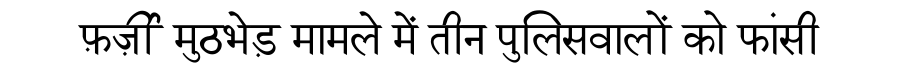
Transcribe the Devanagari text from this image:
फ़र्ज़ी मुठभेड़ मामले में तीन पुलिसवालों को फांसी